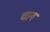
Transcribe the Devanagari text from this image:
चाग